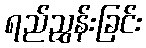
ရည်ညွှန်းခြင်း